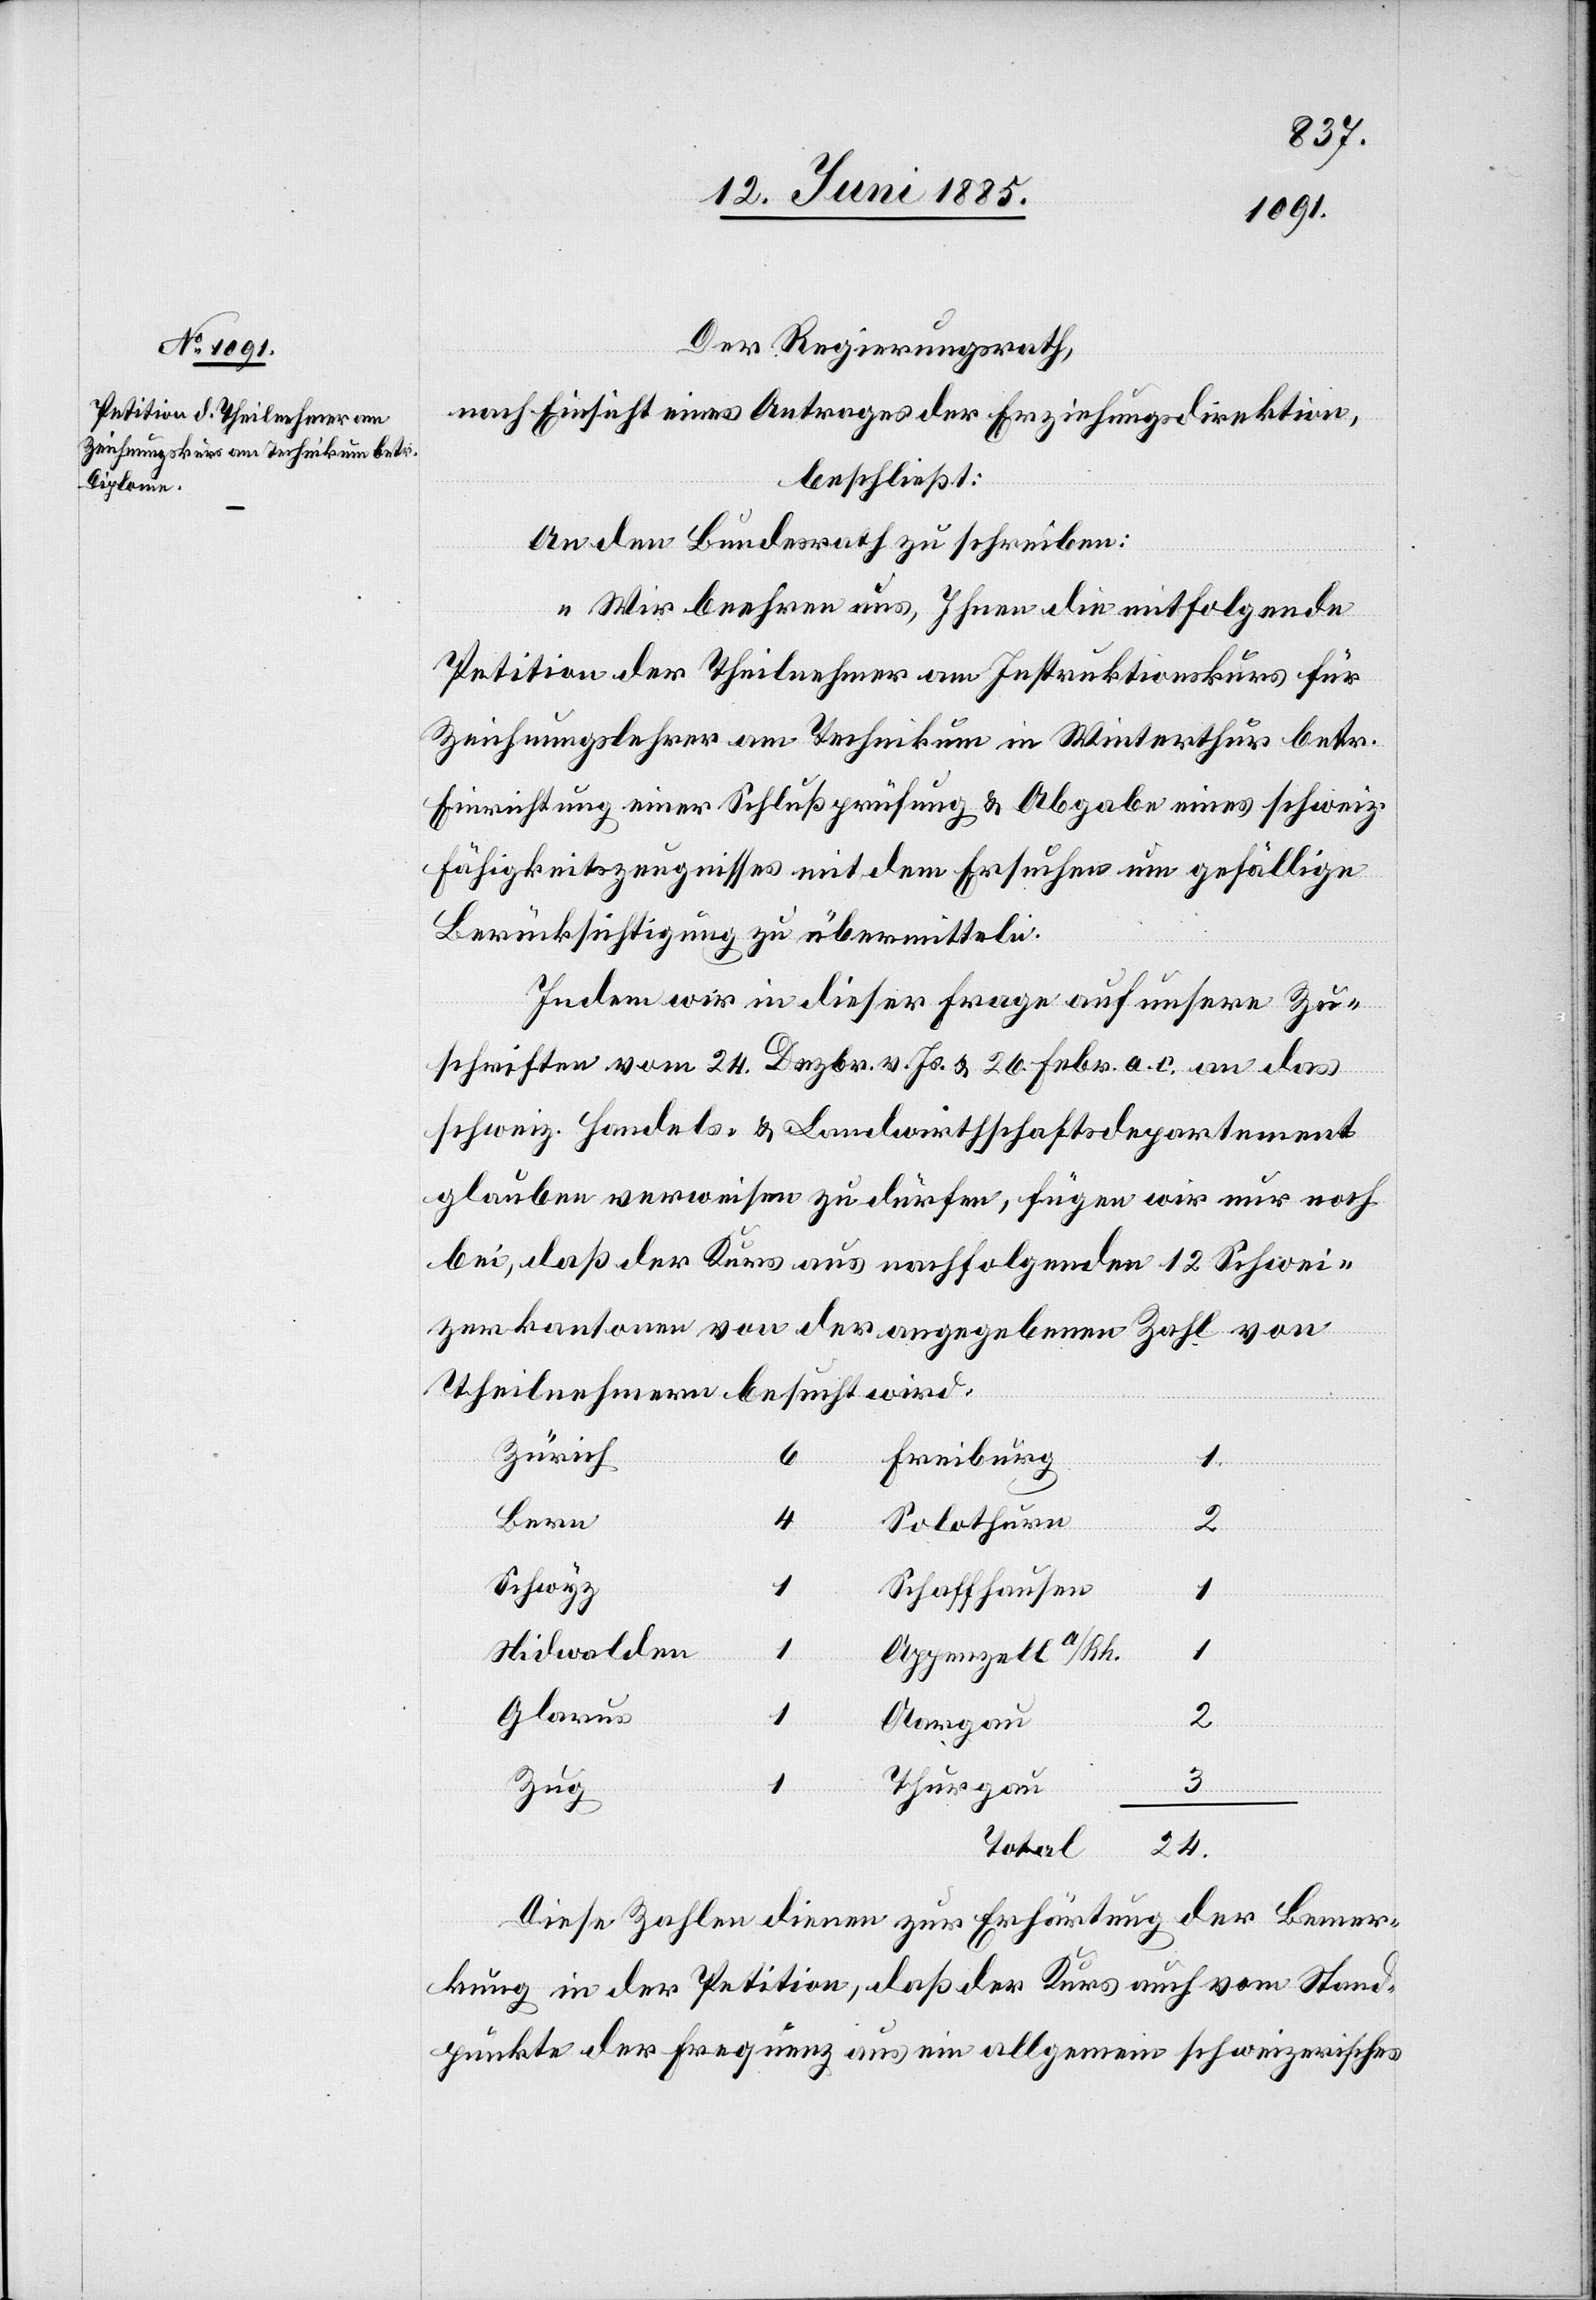
Der Regierungsrath,
nach Einsicht eines Antrages der Erziehungsdirektion,
beschließt:
An den Bundesrath zu schreiben:
„Wir beehren uns, Ihnen die mitfolgende
Petition der Theilnehmer am Instruktionskurs für
Zeichnungslehrer am Technikum in Winterthur betr.
Einrichtung einer Schlußprüfung & Abgabe eines schweiz.
Fähigkeitszeugnisses mit dem Ersuchen um gefällige
Berücksichtigung zu übermitteln.
Indem wir in dieser Frage auf unsere Zu¬
schriften vom 24. Dezbr. v. Js. & 26. Febr. a. c. an das
schweiz. Handels- & Landwirthschaftsdepartement
glauben verweisen zu dürfen, fügen wir nur noch
bei, daß der Kurs aus nachfolgenden 12 Schwei¬
zerkantonen von der angegebenen Zahl von
Theilnehmern besucht wird.
Zürich
Freiburg
1
Bern
4
Solothurn
2
Schwyz
1
Schaffhausen
1
Nidwalden
1
Appenzell a/Rh.
Glarus
1
Aargau
Thurgau
Zug
Total
Diese Zahlen dienen zur Erhärtung der Bemer¬
kung in der Petition, daß der Kurs auch vom Stand¬
punkte der Frequenz aus ein allgemein schweizerisches